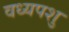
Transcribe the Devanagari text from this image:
वध्यपशु